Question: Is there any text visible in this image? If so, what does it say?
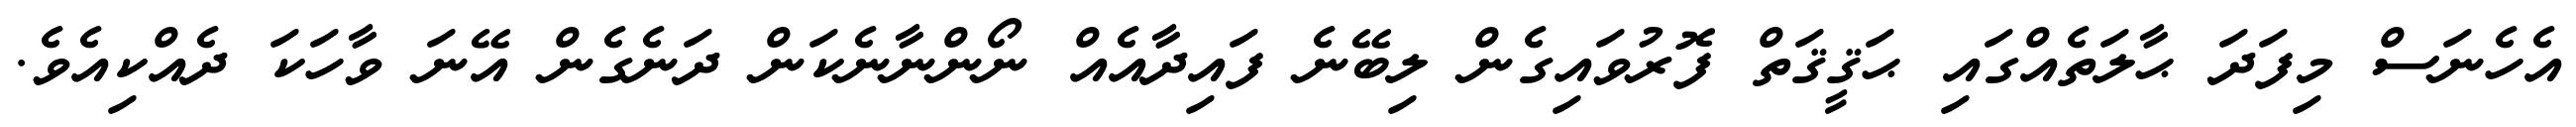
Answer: އެހެނަސް މިފަދަ ޙާލަތެއްގައި ޙަޤީޤަތް ފޮރުވައިގެން ލިބޭނެ ފައިދާއެއް ނޯންނާނެކަން ދަނެގެން އޭނަ ވާހަކަ ދެއްކިއެވެ.